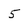
Character: 5